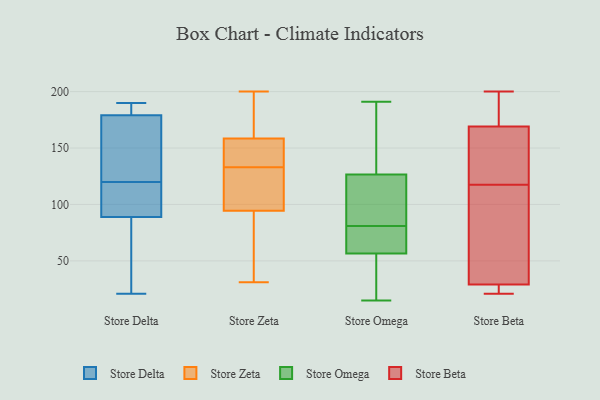
{"axis": {"x": "Revenue (USD Million)", "y": "Value"}, "legend": ["Store Beta", "Store Delta", "Store Omega", "Store Zeta"], "data": [{"x": "", "y": 187, "type": "Store Delta"}, {"x": "", "y": 65, "type": "Store Delta"}, {"x": "", "y": 190, "type": "Store Delta"}, {"x": "", "y": 137, "type": "Store Delta"}, {"x": "", "y": 21, "type": "Store Delta"}, {"x": "", "y": 97, "type": "Store Delta"}, {"x": "", "y": 118, "type": "Store Delta"}, {"x": "", "y": 107, "type": "Store Delta"}, {"x": "", "y": 41, "type": "Store Delta"}, {"x": "", "y": 158, "type": "Store Delta"}, {"x": "", "y": 120, "type": "Store Delta"}, {"x": "", "y": 178, "type": "Store Delta"}, {"x": "", "y": 117, "type": "Store Delta"}, {"x": "", "y": 182, "type": "Store Delta"}, {"x": "", "y": 183, "type": "Store Delta"}, {"x": "", "y": 163, "type": "Store Delta"}, {"x": "", "y": 52, "type": "Store Delta"}, {"x": "", "y": 153, "type": "Store Zeta"}, {"x": "", "y": 143, "type": "Store Zeta"}, {"x": "", "y": 129, "type": "Store Zeta"}, {"x": "", "y": 154, "type": "Store Zeta"}, {"x": "", "y": 190, "type": "Store Zeta"}, {"x": "", "y": 72, "type": "Store Zeta"}, {"x": "", "y": 44, "type": "Store Zeta"}, {"x": "", "y": 125, "type": "Store Zeta"}, {"x": "", "y": 160, "type": "Store Zeta"}, {"x": "", "y": 74, "type": "Store Zeta"}, {"x": "", "y": 133, "type": "Store Zeta"}, {"x": "", "y": 171, "type": "Store Zeta"}, {"x": "", "y": 93, "type": "Store Zeta"}, {"x": "", "y": 31, "type": "Store Zeta"}, {"x": "", "y": 99, "type": "Store Zeta"}, {"x": "", "y": 167, "type": "Store Zeta"}, {"x": "", "y": 200, "type": "Store Zeta"}, {"x": "", "y": 139, "type": "Store Zeta"}, {"x": "", "y": 122, "type": "Store Zeta"}, {"x": "", "y": 94, "type": "Store Omega"}, {"x": "", "y": 68, "type": "Store Omega"}, {"x": "", "y": 29, "type": "Store Omega"}, {"x": "", "y": 146, "type": "Store Omega"}, {"x": "", "y": 122, "type": "Store Omega"}, {"x": "", "y": 72, "type": "Store Omega"}, {"x": "", "y": 15, "type": "Store Omega"}, {"x": "", "y": 76, "type": "Store Omega"}, {"x": "", "y": 81, "type": "Store Omega"}, {"x": "", "y": 67, "type": "Store Omega"}, {"x": "", "y": 108, "type": "Store Omega"}, {"x": "", "y": 140, "type": "Store Omega"}, {"x": "", "y": 103, "type": "Store Omega"}, {"x": "", "y": 183, "type": "Store Omega"}, {"x": "", "y": 20, "type": "Store Omega"}, {"x": "", "y": 53, "type": "Store Omega"}, {"x": "", "y": 128, "type": "Store Omega"}, {"x": "", "y": 35, "type": "Store Omega"}, {"x": "", "y": 191, "type": "Store Omega"}, {"x": "", "y": 88, "type": "Store Beta"}, {"x": "", "y": 29, "type": "Store Beta"}, {"x": "", "y": 168, "type": "Store Beta"}, {"x": "", "y": 175, "type": "Store Beta"}, {"x": "", "y": 27, "type": "Store Beta"}, {"x": "", "y": 47, "type": "Store Beta"}, {"x": "", "y": 200, "type": "Store Beta"}, {"x": "", "y": 21, "type": "Store Beta"}, {"x": "", "y": 169, "type": "Store Beta"}, {"x": "", "y": 147, "type": "Store Beta"}]}